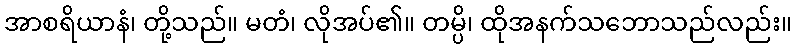
အာစရိယာနံ၊ တို့သည်။ မတံ၊ လိုအပ်၏။ တမ္ပိ၊ ထိုအနက်သဘောသည်လည်း။